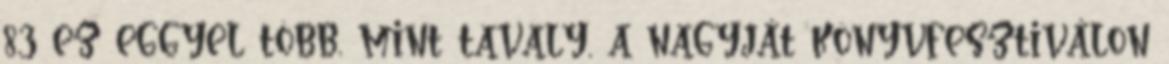
83 ez eggyel több, mint tavaly, a nagyját könyvfesztiválon